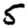
Digit: 5